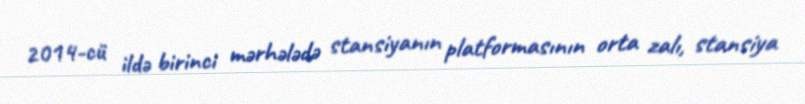
2014-cü ildə birinci mərhələdə stansiyanın platformasının orta zalı, stansiya